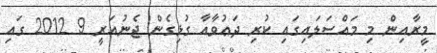
މީރާއިން މި މައްސަލައިގައި ކުރި ދަޢުވާއާ ގުޅިގެން ޖެނުއަރީ 9 2012 ގައި